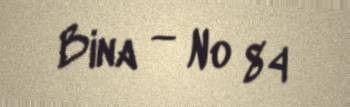
Bina — № 84